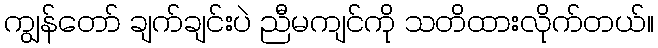
ကျွန်တော် ချက်ချင်းပဲ ညီမကျင်ကို သတိထားလိုက်တယ်။